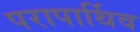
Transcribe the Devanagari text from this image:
परापार्थिव